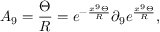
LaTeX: A _ { 9 } = \frac { \Theta } { R } = e ^ { - \frac { x ^ { 9 } \Theta } { R } } \partial _ { 9 } e ^ { \frac { x ^ { 9 } \Theta } { R } } ,